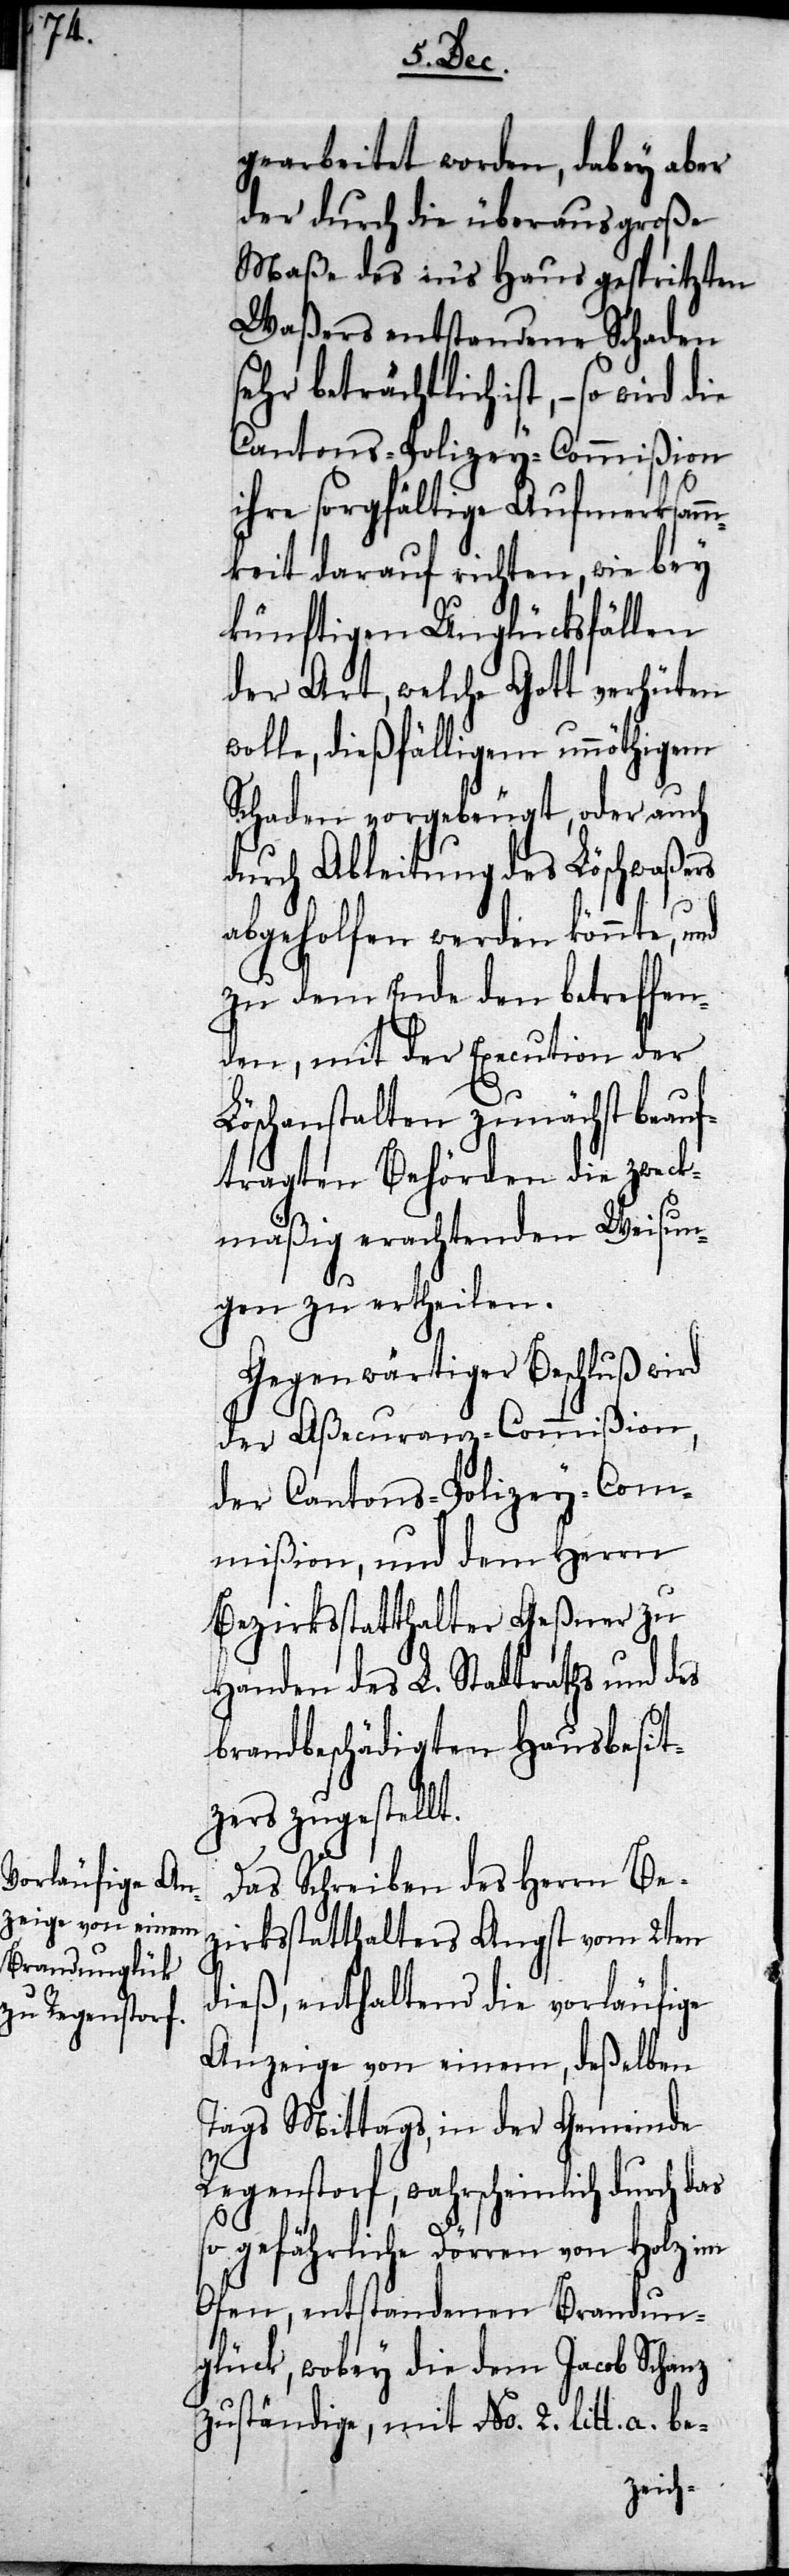
gearbeitet worden, dabey aber
der durch die überaus große
Maße des in’s Haus gespritzten
Waßers entstandene Schaden
sehr beträchtlich ist, – so wird
Cantons-Polizey-Commißion
ihre sorgfältige Aufmerksamm¬
keit darauf richten, wie bey
künftigen Unglücksfällen
der Art, welche Gott verhüten
wolle, dießfälligem unnöthigem
Schaden vorgebeugt, oder auch
durch Ableithung des Löschwaßers
abgeholfen werden könnte, und
zu dem Ende den betreffen¬
den, mit der Execution der
Löschanstalten zunächst beauf¬
tragten Behörden die zweck¬
mäßig erachtenden Weisun¬
gen zu ertheilen.
Gegenwärtiger Beschluß wird
der Aßecuranz-Commißion,
der Cantons-Polizey-Com¬
mißion, und dem Herrn
Bezirksstatthalter Geßner zu
Handen des L. Stadtraths und des
brandbeschädigten Hausbesit¬
zers zugestellt.
Das Schreiben des Herrn Be¬
zirksstatthalters Angst vom 2ten
dieß, enthaltend die vorläufige
Anzeige von einem, deßelben
Tags Mittags, in der Gemeinde
Regenstorf, wahrscheinlich durch das
so gefährliche Dörren von Holz im
Ofen, entstandenen Brandun¬
glück, wobey die dem Jacob Schanz
zuständige, mit No. 2. litt. a.